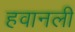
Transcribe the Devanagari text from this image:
हवानली